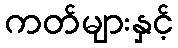
ကတ်များနှင့်